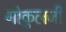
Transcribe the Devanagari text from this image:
गोकुलजी